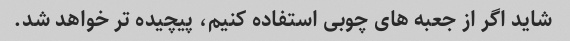
شاید اگر از جعبه های چوبی استفاده کنیم، پیچیده تر خواهد شد.